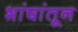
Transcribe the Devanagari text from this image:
भांषांतून